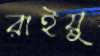
রাইয়ু